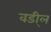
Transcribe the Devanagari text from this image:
वडी्ल